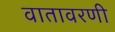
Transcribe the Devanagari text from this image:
वातावरणी